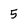
Character: 5